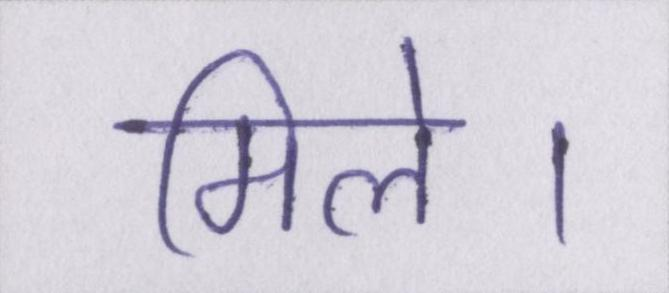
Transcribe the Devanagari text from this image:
मिले।